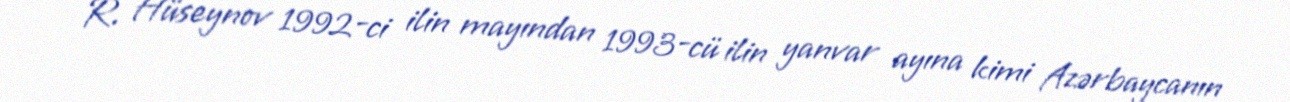
R. Hüseynov 1992-ci ilin mayından 1993-cü ilin yanvar ayına kimi Azərbaycanın